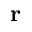
{ \bf r }